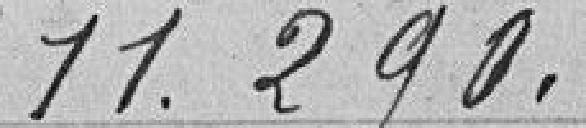
11.290 francs